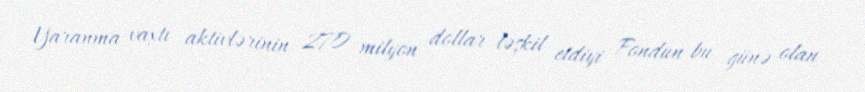
Yaranma vaxtı aktivlərinin 270 milyon dollar təşkil etdiyi Fondun bu günə olan